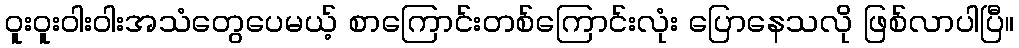
ဝူးဝူးဝါးဝါးအသံတွေပေမယ့် စာကြောင်းတစ်ကြောင်းလုံး ပြောနေသလို ဖြစ်လာပါပြီ။